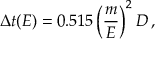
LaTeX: \Delta t ( E ) = 0 . 5 1 5 \left( \frac { m } { E } \right) ^ { 2 } D \, ,